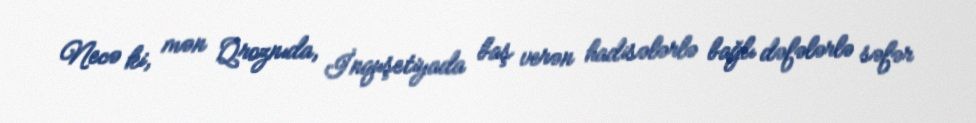
Necə ki, mən Qroznıda, İnquşetiyada baş verən hadisələrlə bağlı dəfələrlə səfər